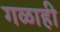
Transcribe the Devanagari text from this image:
गळाही